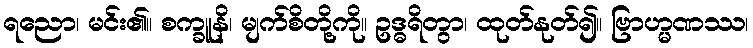
ရညော၊ မင်း၏။ စက္ခူနိ၊ မျက်စိတို့ကို။ ဥဒ္ဓရိတွာ၊ ထုတ်နုတ်၍။ ဗြာဟ္မဏဿ၊